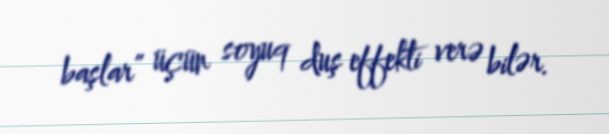
başlar” üçün soyuq duş effekti verə bilər.